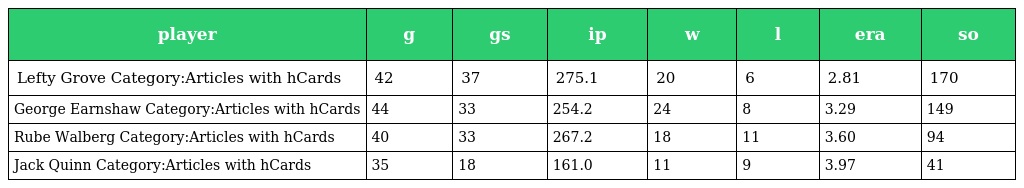
| player | g | gs | ip | w | l | era | so |
 | --- | --- | --- | --- | --- | --- | --- | --- |
 | Lefty Grove Category:Articles with hCards | 42 | 37 | 275.1 | 20 | 6 | 2.81 | 170 |
 | George Earnshaw Category:Articles with hCards | 44 | 33 | 254.2 | 24 | 8 | 3.29 | 149 |
 | Rube Walberg Category:Articles with hCards | 40 | 33 | 267.2 | 18 | 11 | 3.60 | 94 |
 | Jack Quinn Category:Articles with hCards | 35 | 18 | 161.0 | 11 | 9 | 3.97 | 41 |